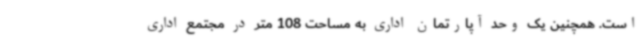
است. همچنین یک وحد آپارتمان اداری به مساحت 108 متر در مجتمع اداری